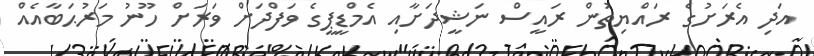
އަދި އެރަށުގެ ރައްޔިތުން ރައީސް ނަޝީދަށާއި އެމްޑީޕީގެ ވަފްދަށް ވަރަށް ހޫނު މަރުޙަބާއެއް